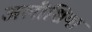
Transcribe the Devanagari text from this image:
अलीशिया